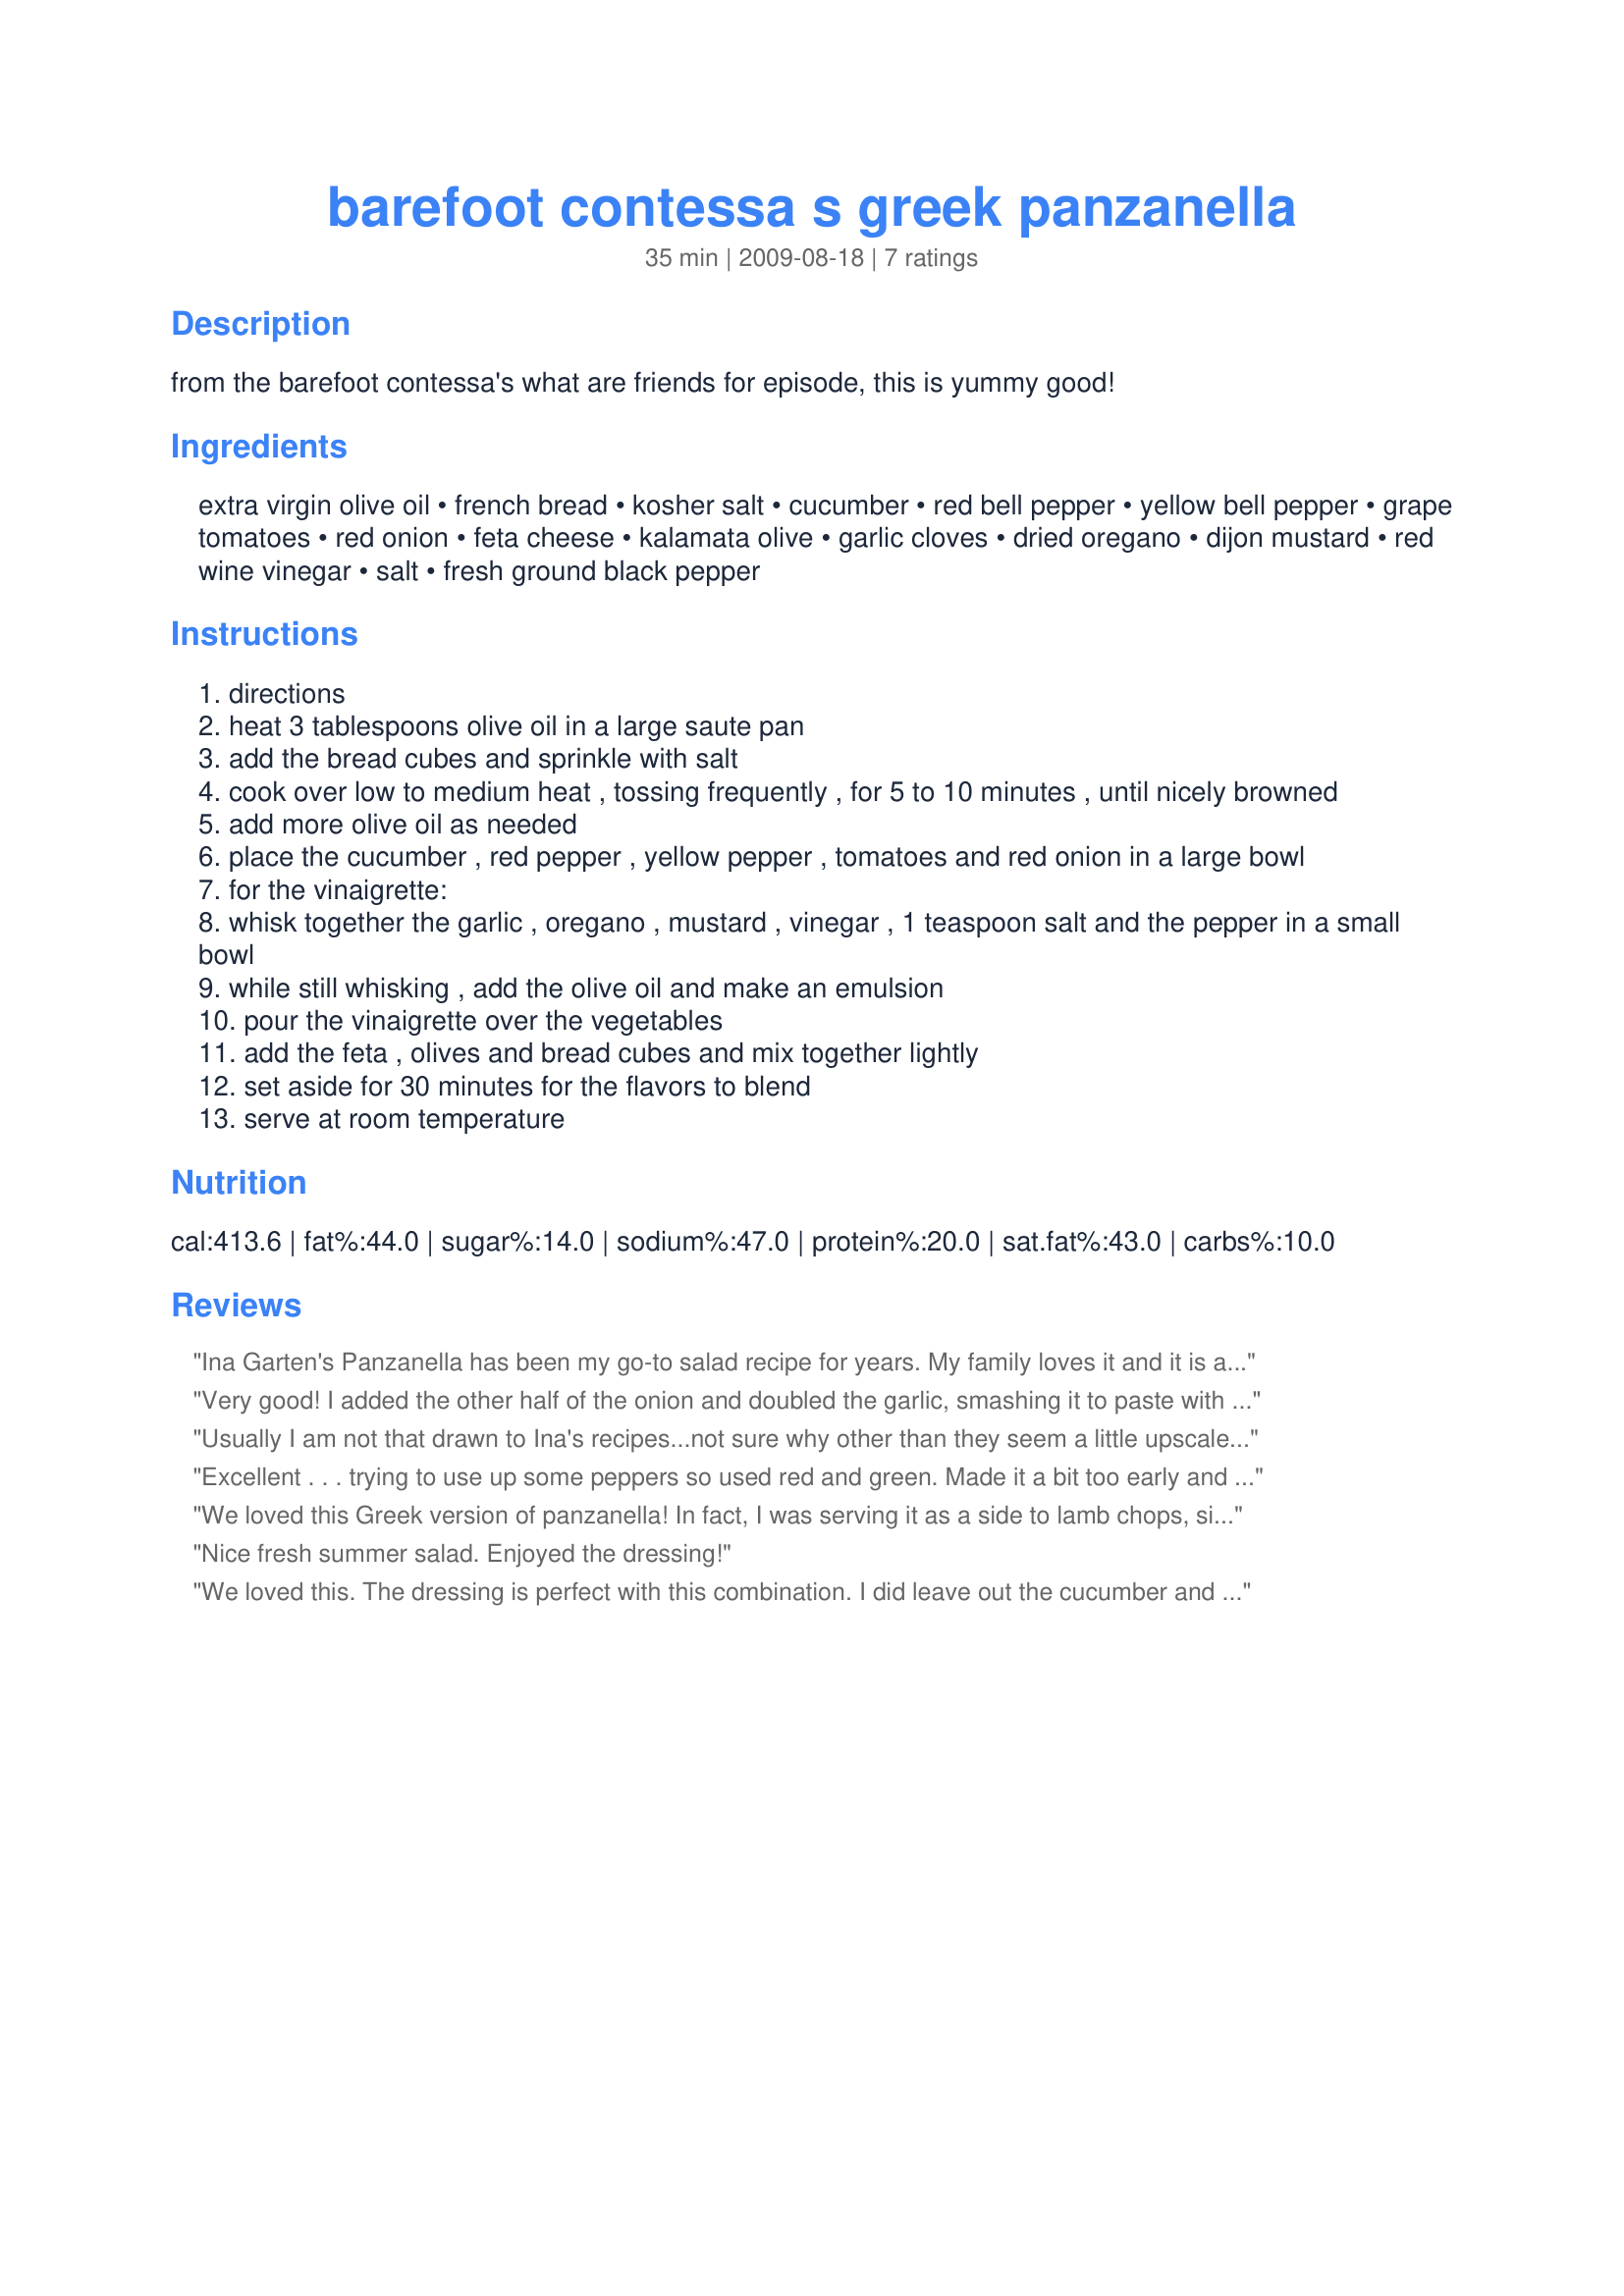
barefoot contessa s greek panzanella
Preparation time: 35 minutes

from the barefoot contessa's what are friends for episode, this is yummy good!

Ingredients:
extra virgin olive oil, french bread, kosher salt, cucumber, red bell pepper, yellow bell pepper, grape tomatoes, red onion, feta cheese, kalamata olive, garlic cloves, dried oregano, dijon mustard, red wine vinegar, salt, fresh ground black pepper

Steps:
directions
heat 3 tablespoons olive oil in a large saute pan
add the bread cubes and sprinkle with salt
cook over low to medium heat , tossing frequently , for 5 to 10 minutes , until nicely browned
add more olive oil as needed
place the cucumber , red pepper , yellow pepper , tomatoes and red onion in a large bowl
for the vinaigrette:
whisk together the garlic , oregano , mustard , vinegar , 1 teaspoon salt and the pepper in a small bowl
while still whisking , add the olive oil and make an emulsion
pour the vinaigrette over the vegetables
add the feta , olives and bread cubes and mix together lightly
set aside for 30 minutes for the flavors to blend
serve at room temperature

Reviews:
Ina Garten's Panzanella has been my go-to salad recipe for years. My family loves it and it is always a hit at BBQ's and picnics. Once the bread has absorbed the dressing (don't worry, it doesn't become soggy!), the salad becomes light and refreshing and is a great way to use up summer produce.
Very good! I added the other half of the onion and doubled the garlic, smashing it to paste with salt, before adding other vinaigrette ingredients. Oh, and I would omit the Dijon next time, not so Greek or necessary, in my opinion. Apart from these minor things, very nice and refreshing.
Usually I am not that drawn to Ina's recipes...not sure why other than they seem a little upscale for my redneck family's taste. That being said, I was looking for something different to serve at our Labor Day BBQ and having just watched this, my wife suggested that I try. Boy, I sure am glad that I did. This was very easy to make and was a real crowd pleaser. The only change that I made was to substitute mozzarella curds for the feta. The salad has nice visual appeal and very one loved it.
Excellent . . . trying to use up some peppers so used red and green. Made it a bit too early and it was starting to get a little soggy. Next time I'll only let it set for only 30 minutes as instructed ;-)! Made for ZWT #6
We loved this Greek version of panzanella! In fact, I was serving it as a side to lamb chops, simply because I had cukes from the garden that needed using as well as some old hamburger buns. I told DH that I could have just ate the salad as my whole dinner, it was so good. In fact, using old hamburger buns for the bread worked just fine and I could not tell the difference that I hadn't started out with a French loaf. The combination of flavors was really outstanding. Like Galley Wench, it did get a little soggy after sitting for over 30 mins (I served at 30 minutes and it was fine, but as it sat out while we ate, the sogginess creeped in a bit). That was ok, though, I didn't care, I loved it so much. Will definitely have this one again. Thanks, Sharon!
Nice fresh summer salad. Enjoyed the dressing!
We loved this. The dressing is perfect with this combination. I did leave out the cucumber and kalamata olive for personal preference. Used veggies from the garden for this. Thanks so much for sharing. Made for PRMR :)
